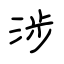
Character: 涉